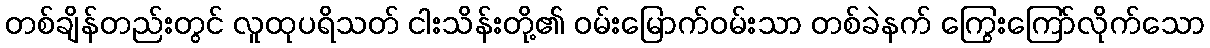
တစ်ချိန်တည်းတွင် လူထုပရိသတ် ငါးသိန်းတို့၏ ဝမ်းမြောက်ဝမ်းသာ တစ်ခဲနက် ကြွေးကြော်လိုက်သော